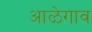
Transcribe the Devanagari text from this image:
आळेगाव